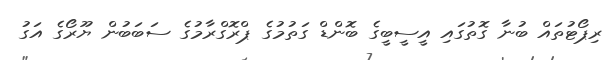
ރިޕޯޓުތައް ބުނާ ގޮތުގައި އީސީބީގެ ބޮންޑް ގަތުމުގެ ޕްރޮގްރާމުގެ ސަބަބުން ޔޫރޯގެ އަގު